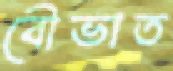
বৌভাত